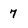
Character: 7